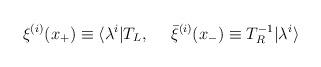
LaTeX: \begin{align*}\xi^{(i)} (x_+) \equiv \langle \lambda^i | T_L ,{}~~~~\bar{ \xi }^{(i)} (x_-) \equiv T^{-1}_R | \lambda^i \rangle\end{align*}